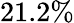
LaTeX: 21.2\%